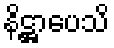
နိဋ္ဌာပေသိ